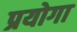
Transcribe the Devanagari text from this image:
प्रयोगा